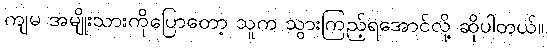
ကျမ အမျိုးသားကိုပြောတော့ သူက သွားကြည့်ရအောင်လို့ ဆိုပါတယ်။